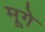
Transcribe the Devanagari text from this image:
मूगे